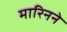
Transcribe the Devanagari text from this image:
मारिनने